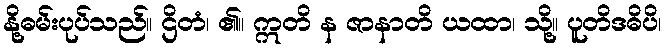
နို့ဓမ်းပုပ်သည်။ ဌိတံ၊ ၏။ ဣတိ န ဇာနာတိ ယထာ၊ သို့။ ပူတိဒဓိပိ၊